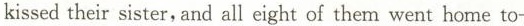
kissed their sister, and all eight of them went home to-